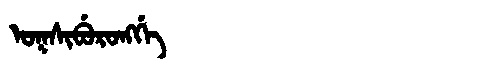
Manchu: ᠣᡴᠰᡳᠪᡠᡵᠣᠩᡤᡝ
Romanization: OKSIBURONGGE